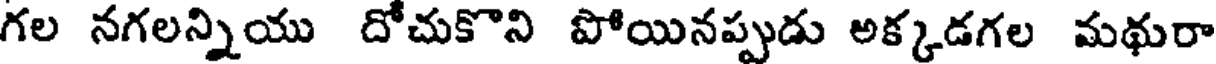
గల నగలన్నియు దోచుకొని పోయినప్పుడు అక్కడగల మథురా